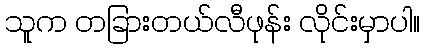
သူက တခြားတယ်လီဖုန်း လိုင်းမှာပါ။